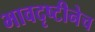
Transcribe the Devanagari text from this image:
भावदृष्टीनेच